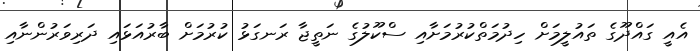
އެއީ ގައްދޫގެ ތައުލީމަށް ހިދުމަތްކުރުމަށާއި ސްކޫލުގެ ނަތީޖާ ރަނގަޅު ކުރުމަށް ބާރުއަޅައި ދަރިވަރުންނާއި